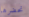
نحضرها